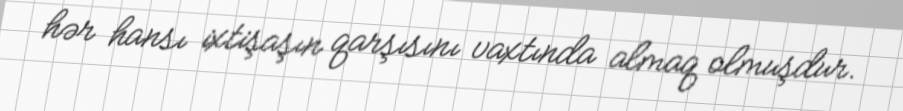
hər hansı ixtişaşın qarşısını vaxtında almaq olmuşdur.